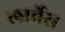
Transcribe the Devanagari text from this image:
लार्चेस